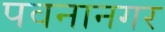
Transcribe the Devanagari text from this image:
पवनानगर